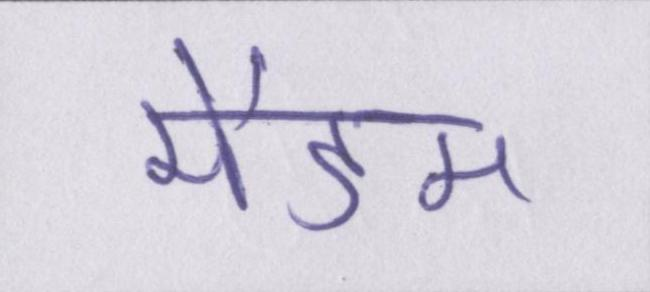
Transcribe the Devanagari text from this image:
मैडम